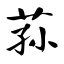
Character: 荪